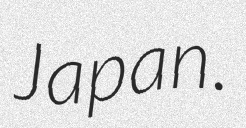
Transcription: Japan.